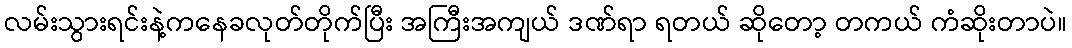
လမ်းသွားရင်းနဲ့ကနေခလုတ်တိုက်ပြီး အကြီးအကျယ် ဒဏ်ရာ ရတယ် ဆိုတော့ တကယ် ကံဆိုးတာပဲ။